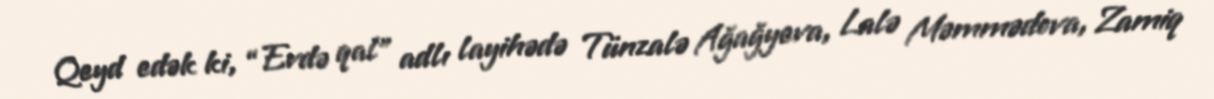
Qeyd edək ki, “Evdə qal” adlı layihədə Tünzalə Ağağyeva, Lalə Məmmədova, Zamiq